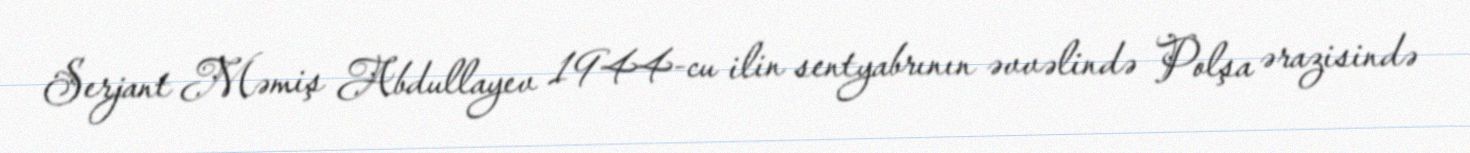
Serjant Məmiş Abdullayev 1944-cu ilin sentyabrının əvvəlində Polşa ərazisində